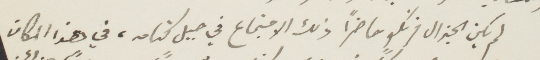
لم يكن الجنرال فرنكو حاضرًا ذلك الاجتماع في جبل كنامه، في هذا المكان